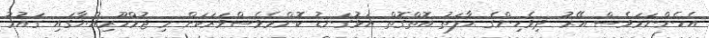
އެހެންނަމަވެސް އޭރު ދިވެހިންގެ ޙާލަތު އޮތްގޮތް އަޅުގަނޑު ކޮންމެވެސްވަރަކަށް މި ޖުމްހޫރިއްޔާގައި ޤައުމު